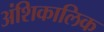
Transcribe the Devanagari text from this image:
अंशिकालिक